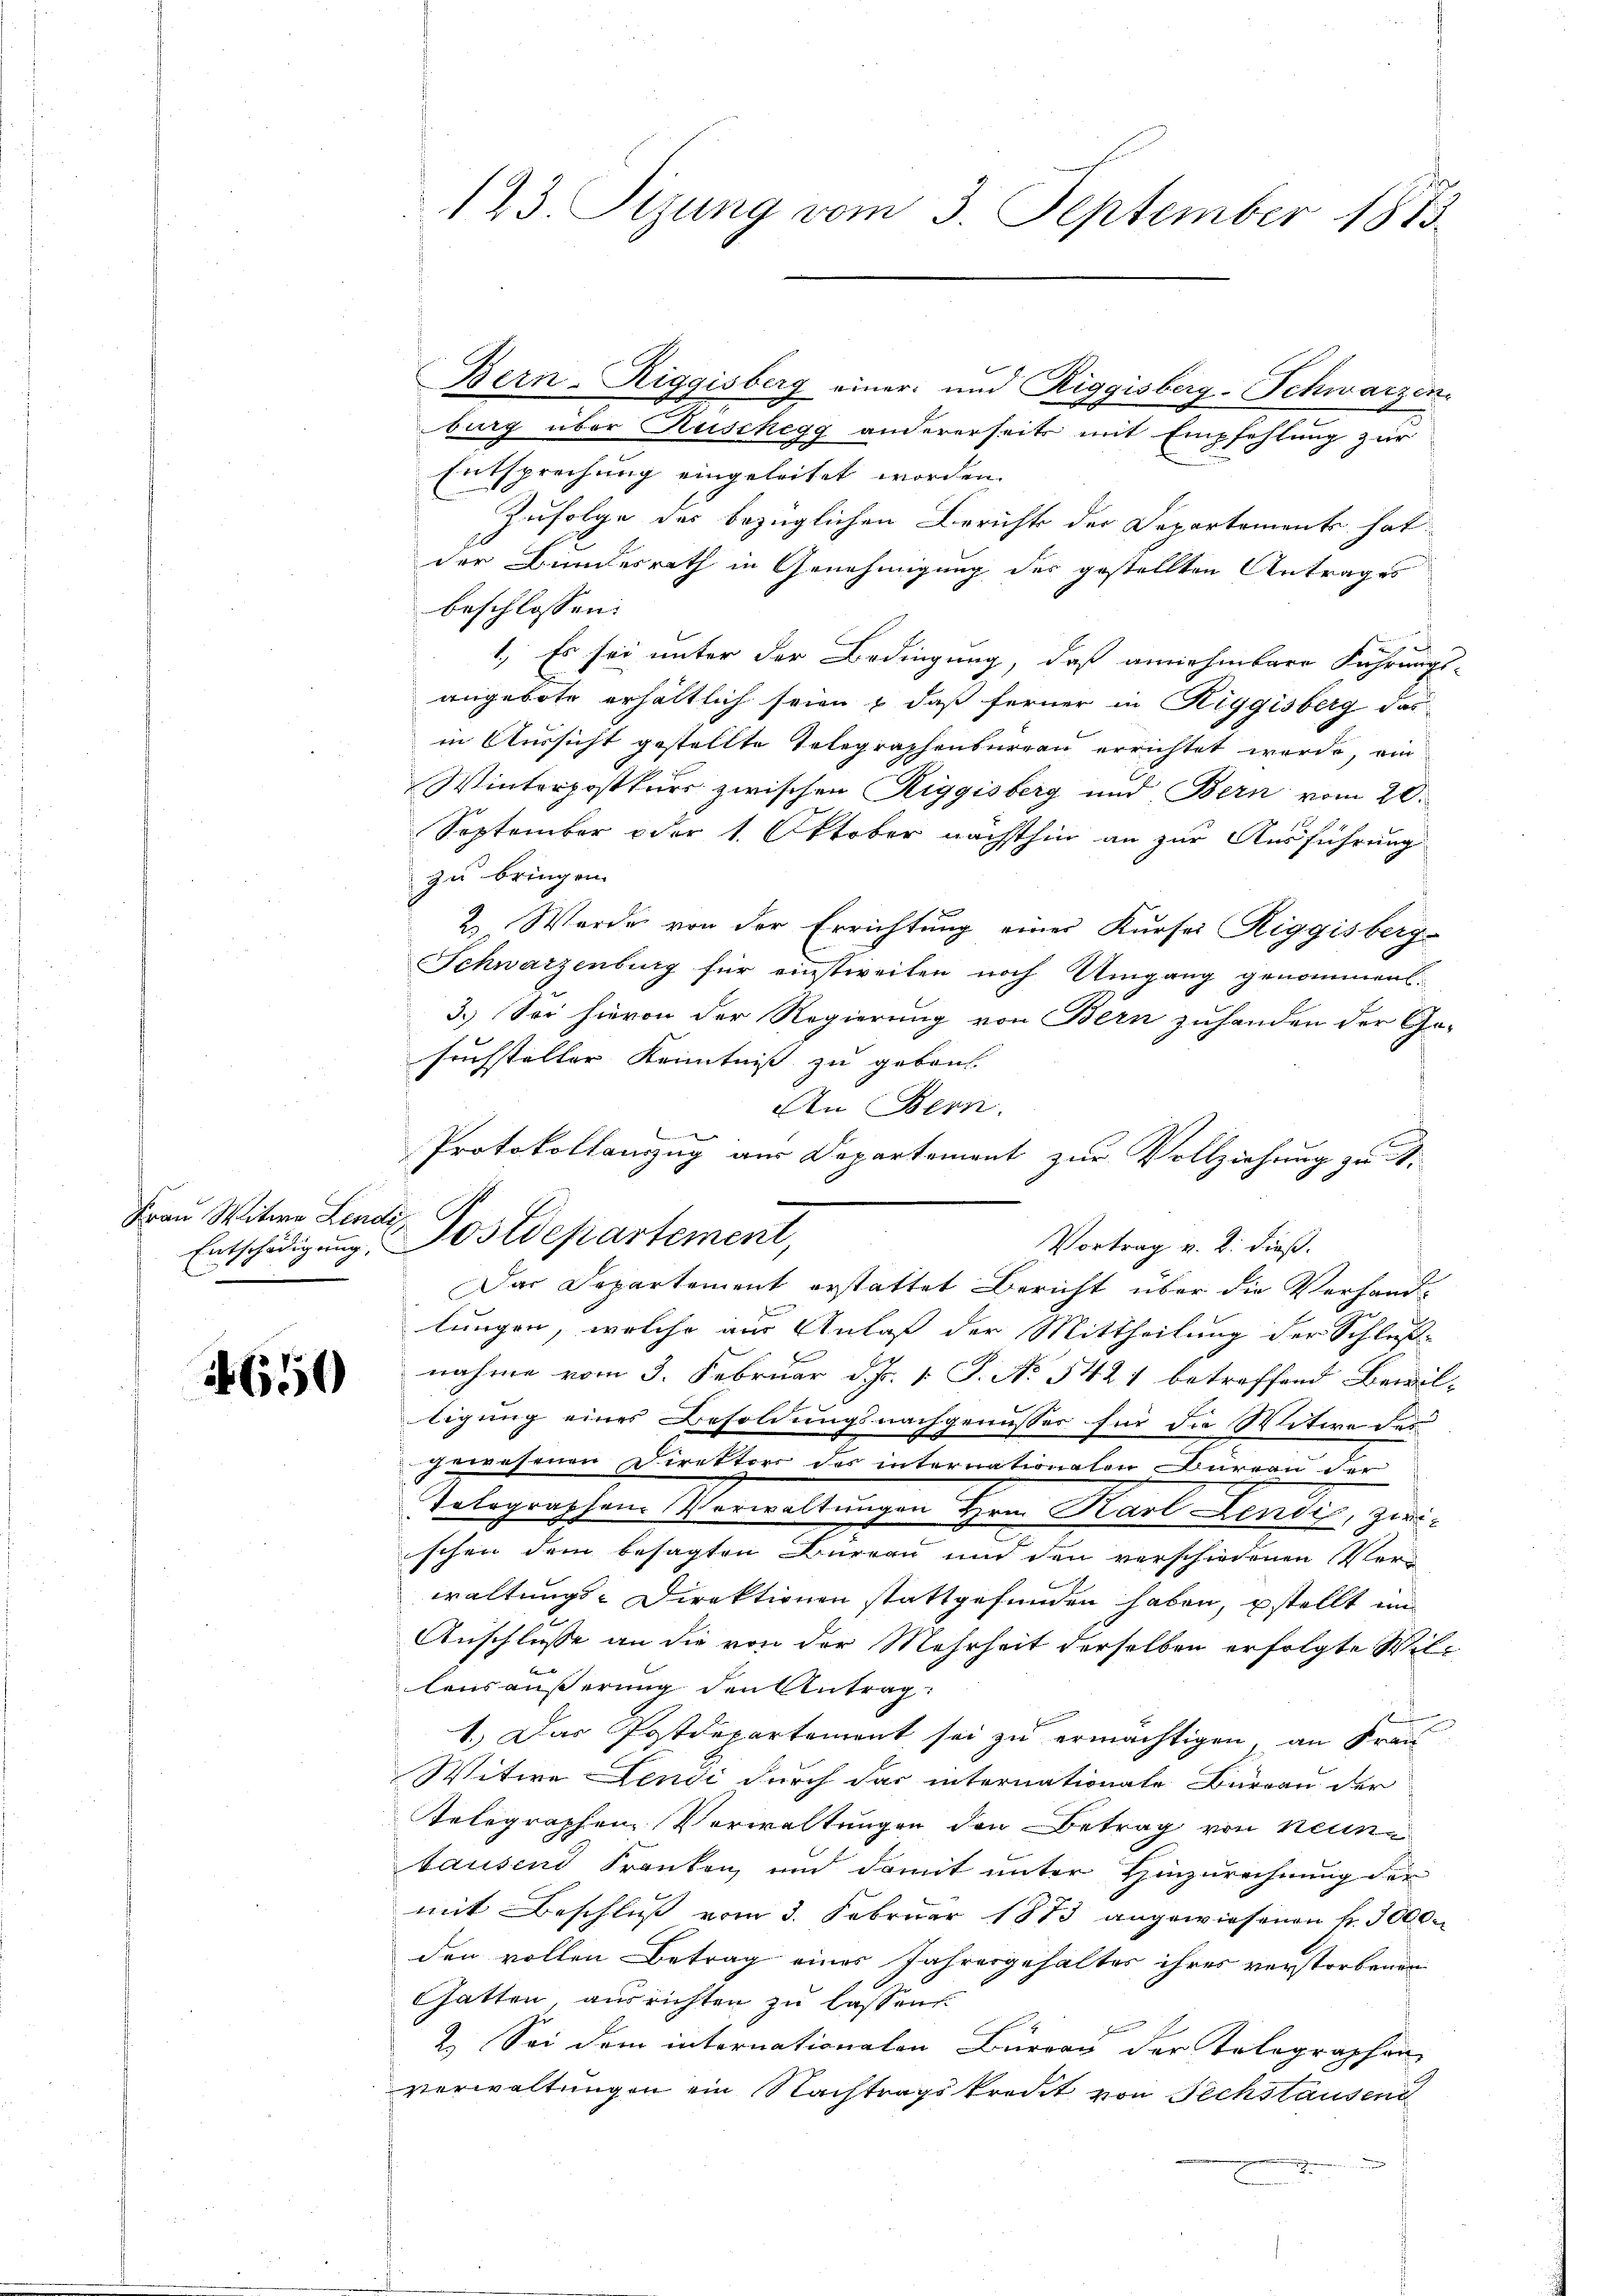
Frau Witwe Lendi

650

123. Sizung vom 3. September 1813

Bern-Riggisberg einer und Riggisberg-Schwarzen.
burg über Kuschegg andererseits mit Empfehlung zur
Entsprechung eingeleitet worden.
Zufolge des bezüglichen Berichts der Departement hat
der Bundesrath in Genehmigung des gestellten Antrages
beschlossen:
a
1. Es sei unter der Bedingung, daß annehmbare Führungs-
angebote erhältlich seien & daß ferner in Riggisberg das
in Aussicht gestellte Telegraphenburgen errichtet wurde, ein
Winterpostkurs zwischen Riggisberg und Bern vom 20.
September oder 1. Oktober nächsthin an zur Ausführung
zu bringen.
2. Werde von der Errichtung einer Kursei Riggisberg-
Schwarzenburg für einstweilen noch Umgang genommen.
3.) Sei hievon der Regierung von Bern zuhanden der Ge-
suchsteller Kenntniß zu gebon.
An Bern.

Protokollanzug aus Departement zur Vollziehung zu S.
Vortrag v. 2. dieß.
Das Departement erstattet Bericht über die Verhandlungen, welche aus Anlaß der Mittheilung der Schluß-
nahme vom 3. Februar d. Js. v. J. N. 5421 betreffend Bewilligung eines Besoldungsnachgenusses für die Witwe des
gewesenen Direktors des internationalen Bureau der
Telegraphen Verwaltungen Herr Karl Lande zwei
schen dem besagten Bureau und den verschiedenen Verwaltungs-Direktionen stattgefunden haben, estellt im
Anschlüsse an die von der Mehrheit derselben erfolgte Willensäußerung den Antrag:
1.) Das Postdepartement sei zu ermächtigen, an Frau
Witwe Lendi durch das internationale Büreau der
Telegraphen Vorwaltungen den Betrag von Neuntausend Franken, und damit unter Hinzurechnung der
mit Beschluß vom 3. Februar 1873 angewiesenen k. 3000.
den vollen Betrag eines Jahresgehaltes ihres verstorbenen
Ghatten, ausrichten zu lassen.
2.) Sei dem internationalen Büreau der Telegraphen
verwaltungen ein Nachtragskredit von Sechstausend

Entschädigung. Postdepartement,